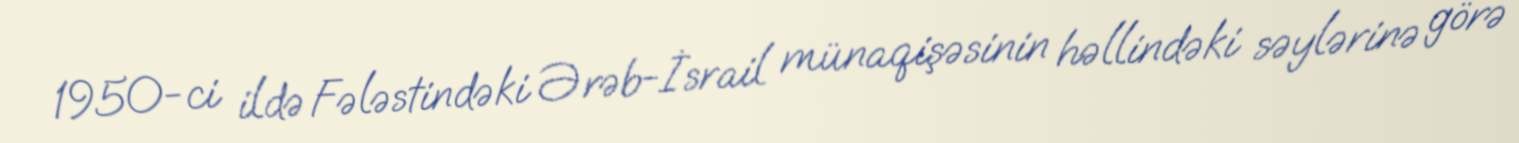
1950-ci ildə Fələstindəki Ərəb-İsrail münaqişəsinin həllindəki səylərinə görə